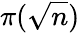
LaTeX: \pi(\sqrt{n})